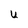
Character: U